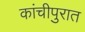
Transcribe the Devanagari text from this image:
कांचीपुरात